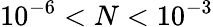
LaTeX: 10^{-6}<N<10^{-3}